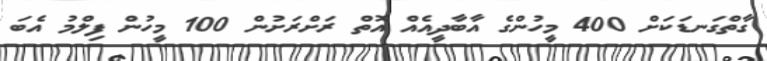
ގާތްގަނޑަކަށް 400 މީހުންގެ އާބާދީއެއް އޮތް ރަށްރަށުން 100 މީހުން ފިލްމު އެބަ